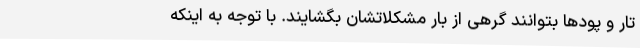
تار و پودها بتوانند گرهی از بار مشکلاتشان بگشایند. با توجه به اینکه